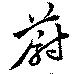
蔚